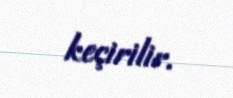
keçirilir.